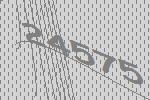
24575